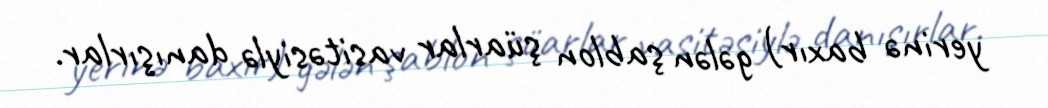
yerinə baxır) gələn şablon şüarlar vasitəsiylə danışırlar.